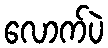
လောက်ပဲ